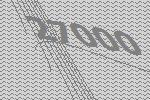
27000